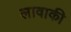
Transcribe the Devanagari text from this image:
लावाकी